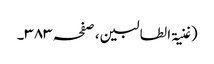
(غنیۃ الطالبین ، صفحہ ٣٨٣۔